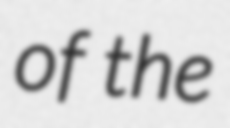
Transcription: of the